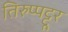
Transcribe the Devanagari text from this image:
तिरुप्पट्टूर